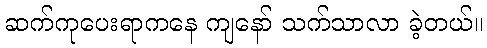
ဆက်ကုပေးရာကနေ ကျနော် သက်သာလာ ခဲ့တယ်။